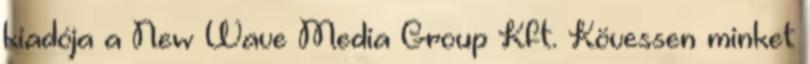
kiadója a New Wave Media Group Kft. Kövessen minket